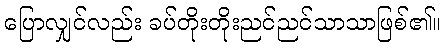
ပြောလျှင်လည်း ခပ်တိုးတိုးညင်ညင်သာသာဖြစ်၏။